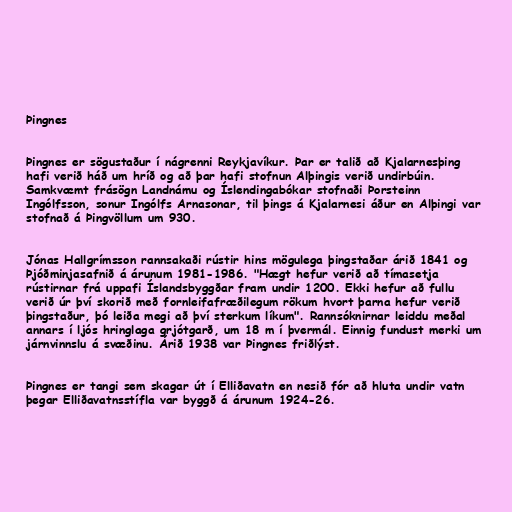
Þingnes

Þingnes er sögustaður í nágrenni Reykjavíkur. Þar er talið að Kjalarnesþing
hafi verið háð um hríð og að þar hafi stofnun Alþingis verið undirbúin.
Samkvæmt frásögn Landnámu og Íslendingabókar stofnaði Þorsteinn
Ingólfsson, sonur Ingólfs Arnasonar, til þings á Kjalarnesi áður en Alþingi var
stofnað á Þingvöllum um 930.

Jónas Hallgrímsson rannsakaði rústir hins mögulega þingstaðar árið 1841 og
Þjóðminjasafnið á árunum 1981-1986. "Hægt hefur verið að tímasetja
rústirnar frá uppafi Íslandsbyggðar fram undir 1200. Ekki hefur að fullu
verið úr því skorið með fornleifafræðilegum rökum hvort þarna hefur verið
þingstaður, þó leiða megi að því sterkum líkum". Rannsóknirnar leiddu meðal
annars í ljós hringlaga grjótgarð, um 18 m í þvermál. Einnig fundust merki um
járnvinnslu á svæðinu. Árið 1938 var Þingnes friðlýst.

Þingnes er tangi sem skagar út í Elliðavatn en nesið fór að hluta undir vatn
þegar Elliðavatnsstífla var byggð á árunum 1924-26.